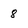
Character: 8